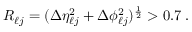
R _ { \ell j } = ( \Delta \eta _ { \ell j } ^ { 2 } + \Delta \phi _ { \ell j } ^ { 2 } ) ^ { \frac { 1 } { 2 } } > 0 . 7 \; .